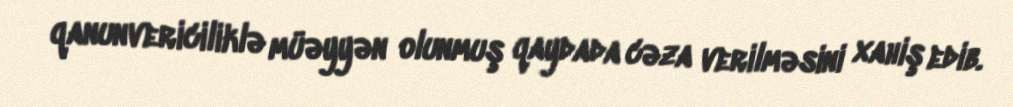
qanunvericiliklə müəyyən olunmuş qaydada cəza verilməsini xahiş edib.